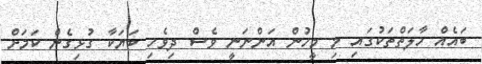
ބައެއް ހާލަތްތަކުގައި މި މީހުން އަންނަނީ ވެސް ދިވެހި ބަޔަކާ ގުޅިގެން ކަމަށް